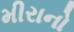
મીરાનો